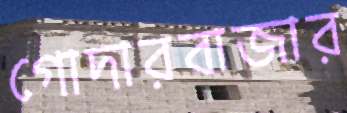
গোদারবাজার